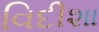
વિદીશા